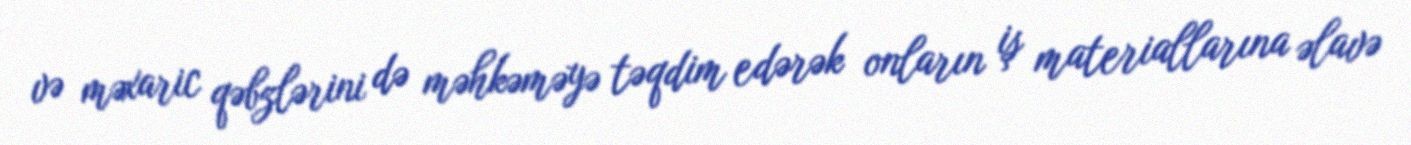
və məxaric qəbzlərini də məhkəməyə təqdim edərək onların iş materiallarına əlavə